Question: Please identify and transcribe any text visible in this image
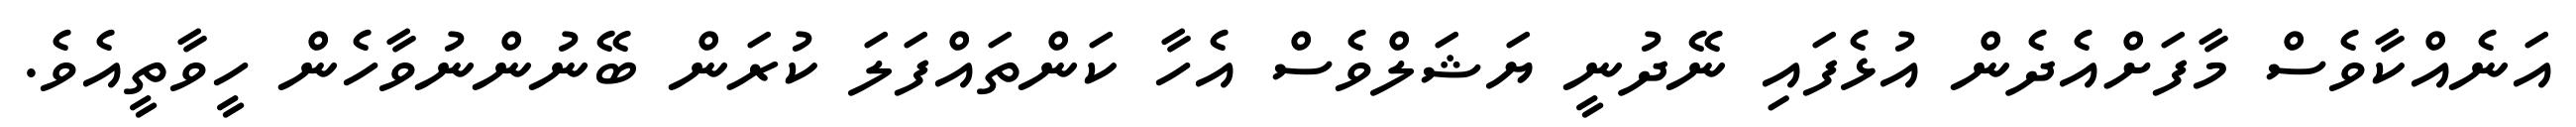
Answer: އަނެއްކާވެސް މާފަށްއެދެން އުޅެފައި ނޭދުނީ ޔަޝަލްވެސް އެހާ ކަންތައްފަލަ ކުރަން ބޭނުންނުވާހެން ހީވާތީއެވެ.